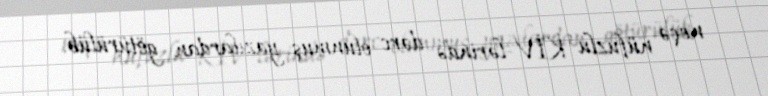
neçə nüfuzlu KİV-lərində dərc olunmuş yazılardan götürülüb.